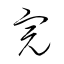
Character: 完